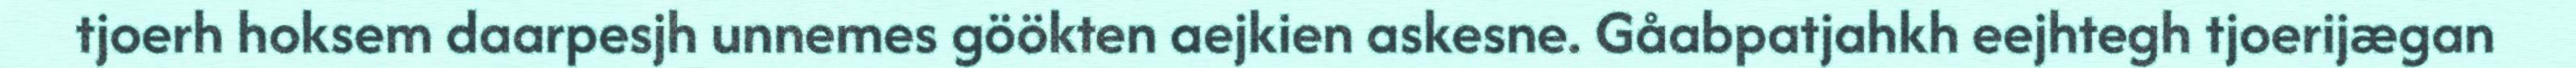
tjoerh hoksem daarpesjh unnemes göökten aejkien askesne. Gåabpatjahkh eejhtegh tjoerijægan